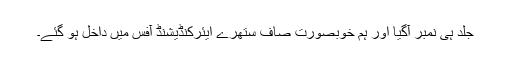
جلد ہی نمبر آگیا اور ہم خوبصورت صاف ستھرے ایئرکنڈیشنڈ آفس میں داخل ہو گئے۔